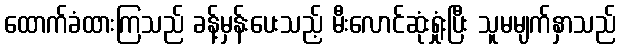
ထောက်ခံထားကြသည် ခန့်မှန်းပေးသည့် မီးလောင်ဆုံးရှုံးပြီး သူမမျက်နှာသည်